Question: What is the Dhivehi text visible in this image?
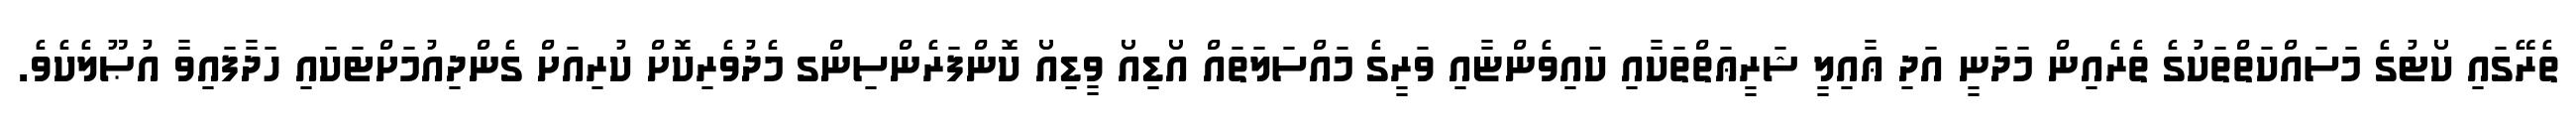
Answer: ތެރޭގައި ކޯޓުގެ މަސައްކަތްތަކުގެ ތެރެއިން މަދަނީ އަދި ޢާއިލީ ޝަރީޢަތްތަކާއި ކައިވެންޏާއި ވަރީގެ މައްސަލަތައް އޯޑިއޯ ވީޑިއޯ ކޮންފަރެންސިންގ މެދުވެރިކޮށް ކުރިއަށް ގެންދިއުމަށްޓަކައި ހަދާފައިވާ އުޞޫލެކެވެ.